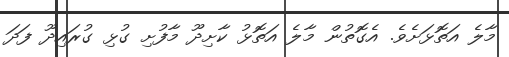
މާލެ އަތޮޅަށެވެ. އެގޮތުން މާލެ އަތޮޅު ކާށިދޫ މާފުށި ގުޅި ގުރައިދޫ ފަދަ